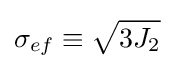
{{\sigma }_{ef}}\equiv {\sqrt {3{{J}_{2}}}}